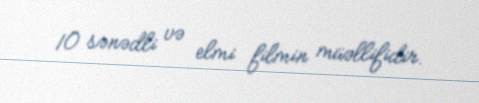
10 sənədli və elmi filmin müəllifidir.